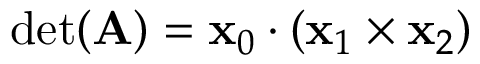
\operatorname* { d e t } ( \mathbf { A } ) = \mathbf { x } _ { 0 } \cdot ( \mathbf { x } _ { 1 } \times \mathbf { x } _ { 2 } )